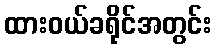
ထားဝယ်ခရိုင်အတွင်း